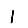
Digit: 1